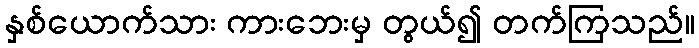
နှစ်ယောက်သား ကားဘေးမှ တွယ်၍ တက်ကြသည်။